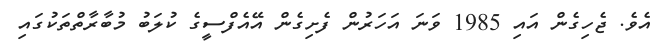
އެވެ. ޖެހިގެން އައި 1985 ވަނަ އަހަރުން ފެށިގެން އޭއެފްސީގެ ކުލަބު މުބާރާތްތަކުގައި